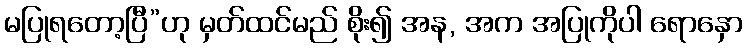
မပြုရတော့ပြီ”ဟု မှတ်ထင်မည် စိုး၍ အန, အက အပြုကိုပါ ရောနှော